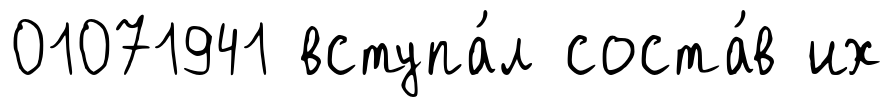
01071941 вступа́л соста́в их